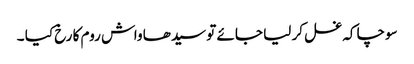
سوچا کہ غسل کر لیا جائے تو سیدھا واش روم کا رخ کیا ۔